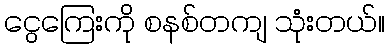
ငွေကြေးကို စနစ်တကျ သုံးတယ်။